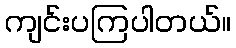
ကျင်းပကြပါတယ်။